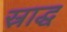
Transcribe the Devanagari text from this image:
स्राद्ध